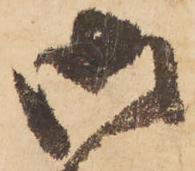
御